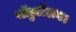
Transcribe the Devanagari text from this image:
मॉडुलेशन।